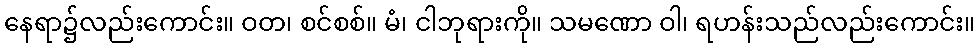
နေရာ၌လည်းကောင်း။ ဝတ၊ စင်စစ်။ မံ၊ ငါဘုရားကို။ သမဏော ဝါ၊ ရဟန်းသည်လည်းကောင်း။